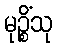
မုဉ္စိံသု